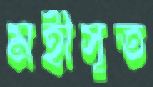
মহীসূত